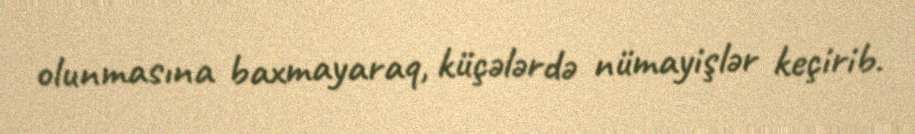
olunmasına baxmayaraq, küçələrdə nümayişlər keçirib.